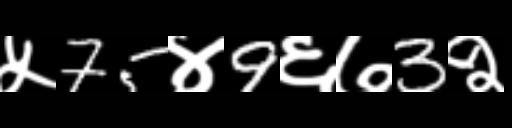
Text: ५75४9६७3२